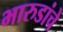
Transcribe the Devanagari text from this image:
भारुडांचे